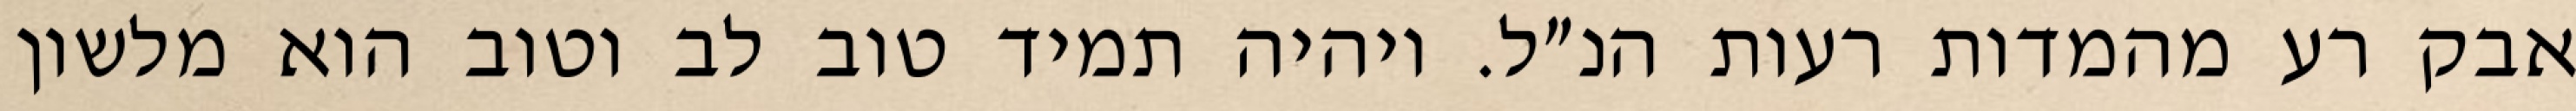
אבק רע מהמדות רעות הנ״ל. ויהיה תמיד טוב לב וטוב הוא מלשון